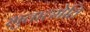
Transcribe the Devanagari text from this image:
भुतात्मेति